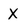
Character: X